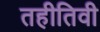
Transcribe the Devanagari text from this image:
तहीतिवी